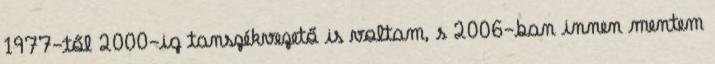
1977-től 2000-ig tanszékvezető is voltam, s 2006-ban innen mentem